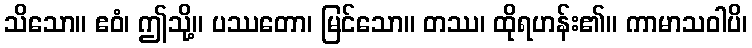
သိသော။ ဧဝံ၊ ဤသို့။ ပဿတော၊ မြင်သော။ တဿ၊ ထိုရဟန်း၏။ ကာမာသဝါပိ၊